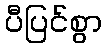
ပီပြင်စွာ